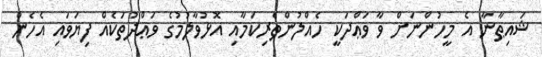
ޝައިޠާނާ އެ މީހުންނަށް ވާ ވަޢްދަކީ ހެއްލުންތެރިކަމާއި އޮޅުވާލުމުގެ ވަޢްދުތަކެއް ފިޔަވައި އެހެން